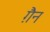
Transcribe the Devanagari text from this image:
ग़ैन